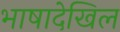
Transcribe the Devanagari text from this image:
भाषादेखिल